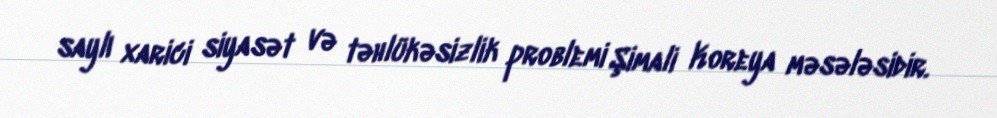
saylı xarici siyasət və təhlükəsizlik problemi Şimali Koreya məsələsidir.